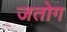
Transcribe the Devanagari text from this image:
जतोग